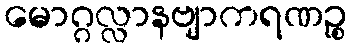
မောဂ္ဂလ္လာနဗျာကရဏဉ္စ